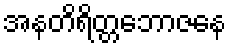
အနတိရိတ္တဘောဇနေ